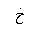
Letter: _kha